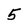
Character: 5